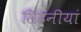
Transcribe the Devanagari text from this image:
सिंहनीयां